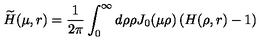
\widetilde { H } ( \mu , r ) = \frac { 1 } { 2 \pi } \int _ { 0 } ^ { \infty } d \rho \rho J _ { 0 } ( \mu \rho ) \left( H ( \rho , r ) - 1 \right)